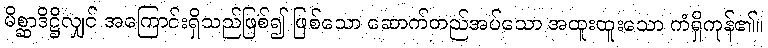
မိစ္ဆာဒိဋ္ဌိလျှင် အကြောင်းရှိသည်ဖြစ်၍ ဖြစ်သော ဆောက်တည်အပ်သော အထူးထူးသော ကံရှိကုန်၏။